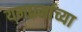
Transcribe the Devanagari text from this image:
यमध्रर्माच्या